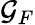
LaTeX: {\cal G}_{F}